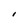
Character: I